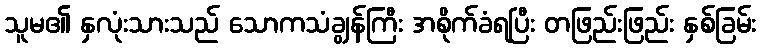
သူမ၏ နှလုံးသားသည် သောကသံချွန်ကြီး အစိုက်ခံရပြီး တဖြည်းဖြည်း နှစ်ခြမ်း